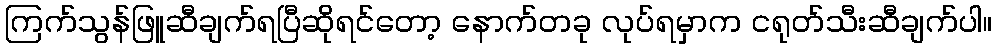
ကြက်သွန်ဖြူဆီချက်ရပြီဆိုရင်တော့ နောက်တခု လုပ်ရမှာက ငရုတ်သီးဆီချက်ပါ။